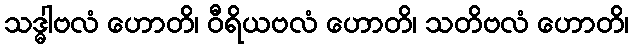
သဒ္ဓါဗလံ ဟောတိ၊ ဝီရိယဗလံ ဟောတိ၊ သတိဗလံ ဟောတိ၊